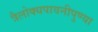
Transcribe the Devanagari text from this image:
त्रैलोक्यपावनीपुण्या